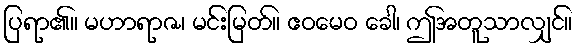
ပြရာ၏။ မဟာရာဇ၊ မင်းမြတ်။ ဧဝမေဝ ခေါ၊ ဤအတူသာလျှင်။